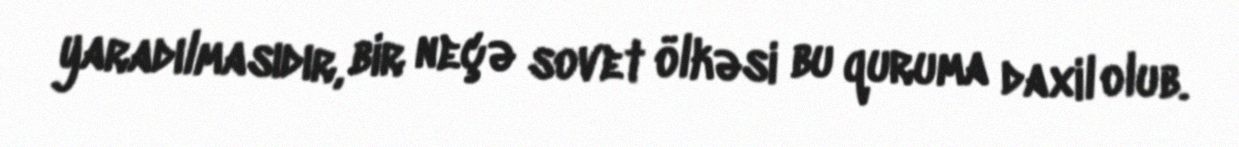
yaradılmasıdır, bir neçə sovet ölkəsi bu quruma daxil olub.